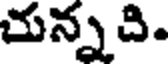
చున్నది.